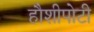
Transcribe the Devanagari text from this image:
हौशीपोटी